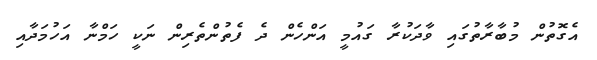
އެގޮތުން މުބާރާތުގައި ވާދަކުރާ ގައުމީ އަންހެން ދެ ފެތުންތެރިން ނަކީ ހަމްނާ އަހުމަދާއި